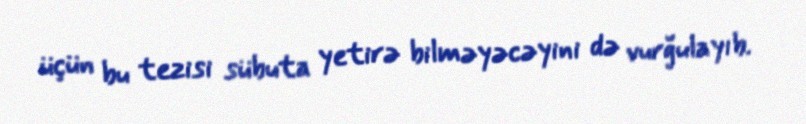
üçün bu tezisi sübuta yetirə bilməyəcəyini də vurğulayıb.